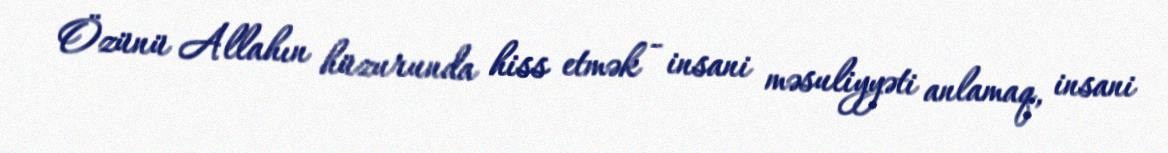
Özünü Allahın hüzurunda hiss etmək - insani məsuliyyəti anlamaq, insani